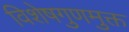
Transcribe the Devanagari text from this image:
विशेषगुणमुक्त